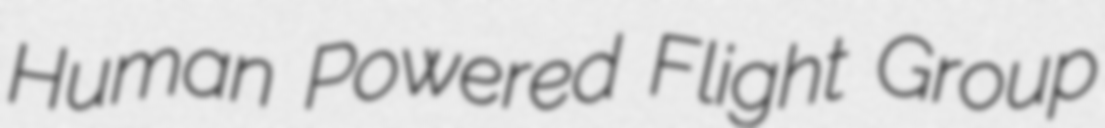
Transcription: Human Powered Flight Group